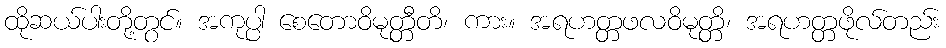
ထိုဆယ်ပါးတို့တွင်။ အကုပ္ပါ စေတောဝိမုတ္တီတိ၊ ကား။ အရဟတ္တဖလဝိမုတ္တိ၊ အရဟတ္တဖိုလ်တည်း